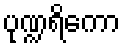
ပုဏ္ဍရိကော